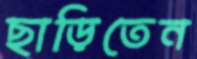
ছাড়িতেন